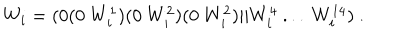
W _ { i } = ( 0 ( 0 ~ W _ { i } ^ { 1 } ) ( 0 ~ W _ { i } ^ { 2 } ) ( 0 ~ W _ { i } ^ { 2 } ) \vert \vert W _ { i } ^ { 4 } ~ . . . ~ W _ { i } ^ { 1 4 } ) ~ .